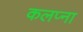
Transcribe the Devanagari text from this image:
कलप्ना